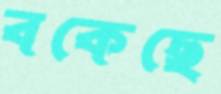
বকেছে